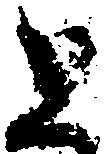
と